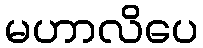
မဟာလိပေ